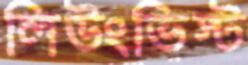
লিউংভিস্ট